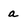
Character: a